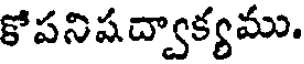
కోపనిషద్వాక్యము.